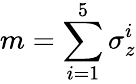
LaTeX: m=\sum_{i=1}^{5}\sigma_{z}^{i}